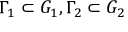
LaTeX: \Gamma _ { 1 } \subset G _ { 1 } , \Gamma _ { 2 } \subset G _ { 2 }